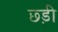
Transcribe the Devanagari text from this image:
छ्ड़ी